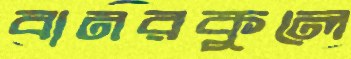
বানরকুলে